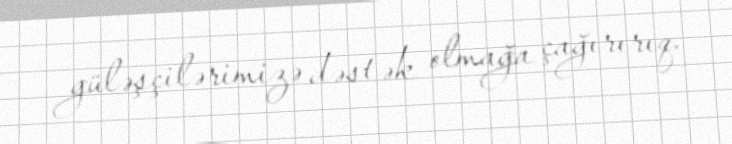
güləşçilərimizə dəstək olmağa çağırırıq.